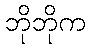
ဘိုဘိုက